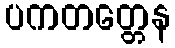
ပကတတ္တေန